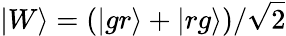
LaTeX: |W\rangle=(|gr\rangle+|rg\rangle)/\sqrt{2}